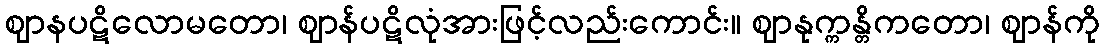
ဈာနပဋိလောမတော၊ ဈာန်ပဋိလုံအားဖြင့်လည်းကောင်း။ ဈာနုက္ကန္တိကတော၊ ဈာန်ကို